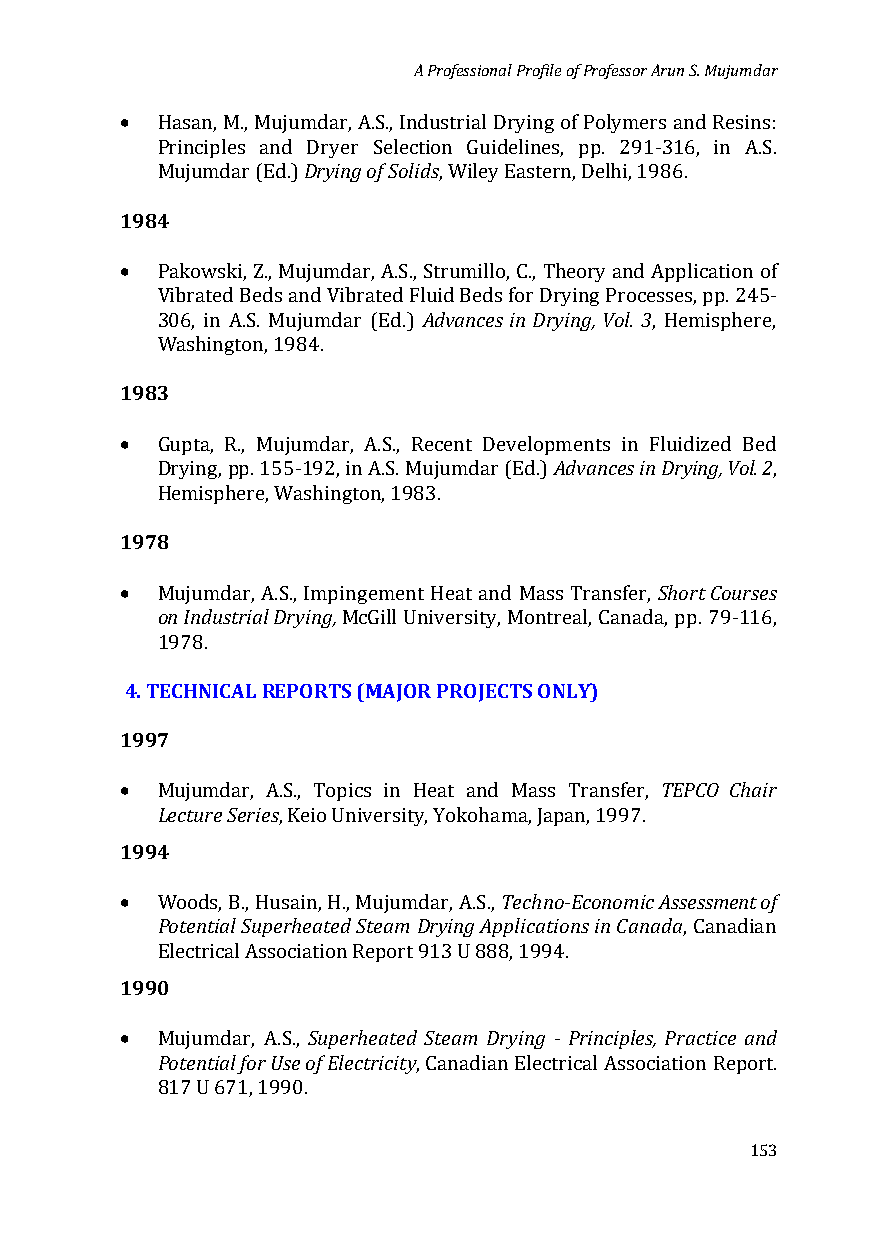
A Professional Profile of Professor Arun S. Mujumdar
 •
 Hasan, M., MujumDrdyairn, gA o.Sf .S, oInliddusstrial Drying of Polymers and Resins:
 Principles and Dryer Selection Guidelines, pp. 291-316, in A.S.
 1984M ujumdar (Ed.)  , Wiley Eastern, Delhi, 1986.
 •
 Pakowski, Z., Mujumdar, A.S., AStdrvuamncilelso ,i nC .,D Tryhienogr,y V aonl.d 3 Application of
 Vibrated Beds and Vibrated Fluid Beds for Drying Processes, pp. 245-
 306, in A.S. Mujumdar (Ed.)      , Hemisphere,
 1983W ashington, 1984.
 •
 Advances in Drying, Vol. 2
 Gupta, R., Mujumdar, A.S., Recent Developments in Fluidized Bed
 Drying, pp. 155-192, in A.S. Mujumdar (Ed.) ,
 1978H emisphere, Washington, 1983.
 •                                   Short Courses
 on Industrial Drying,
 Mujumdar, A.S., Impingement Heat and Mass Transfer,
 McGill University, Montreal, Canada, pp. 79-116,
 4. T1E9C7H8N. ICAL REPORTS (MAJOR PROJECTS ONLY)
 1997
 •                                   TEPCO Chair
 Lecture Series
 Mujumdar, A.S., Topics in Heat and Mass Transfer,
 1994
 , Keio University, Yokohama, Japan, 1997.
 •                        Techno-Economic Assessment of
 Potential Superheated Steam Drying Applications in Canada
 Woods, B., Husain, H., Mujumdar, A.S.,
 , Canadian
 1990
 Electrical Association Report 913 U 888, 1994.
 •           Superheated Steam Drying - Principles, Practice and
 Potential for Use of Electricity
 Mujumdar, A.S.,
 , Canadian Electrical Association Report.
 817 U 671, 1990.
 153